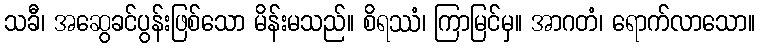
သခီ၊ အဆွေခင်ပွန်းဖြစ်သော မိန်းမသည်။ စိရဿံ၊ ကြာမြင်မှ။ အာဂတံ၊ ရောက်လာသော။